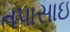
તપાસાઇ